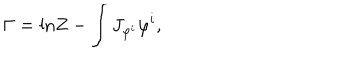
LaTeX: \Gamma = \mathrm { l n } Z - \int J _ { \varphi ^ { i } } \varphi ^ { i } ,